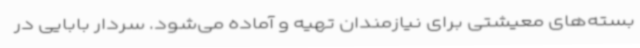
بسته‌های معیشتی برای نیازمندان تهیه و آماده می‌شود. سردار بابایی در